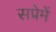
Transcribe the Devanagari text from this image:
सप्रेमें